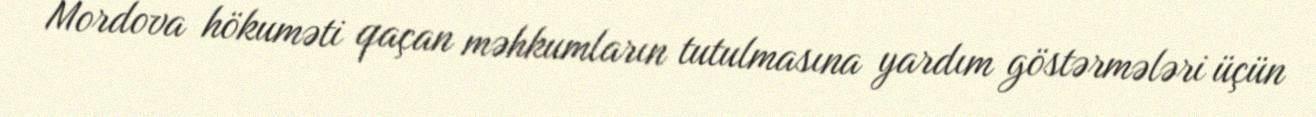
Mordova hökuməti qaçan məhkumların tutulmasına yardım göstərmələri üçün